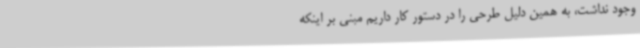
وجود نداشت، به همین دلیل طرحی را در دستور کار داریم مبنی بر اینکه